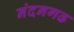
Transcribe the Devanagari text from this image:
नंदनगढ